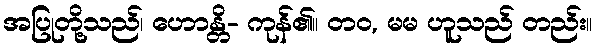
အပြုတို့သည်၊ ဟောန္တိ- ကုန်၏။ တဝ, မမ ဟူသည် တည်း။